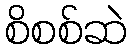
စိစစ်ဆဲ